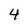
Character: 4